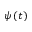
\psi \left( t \right)